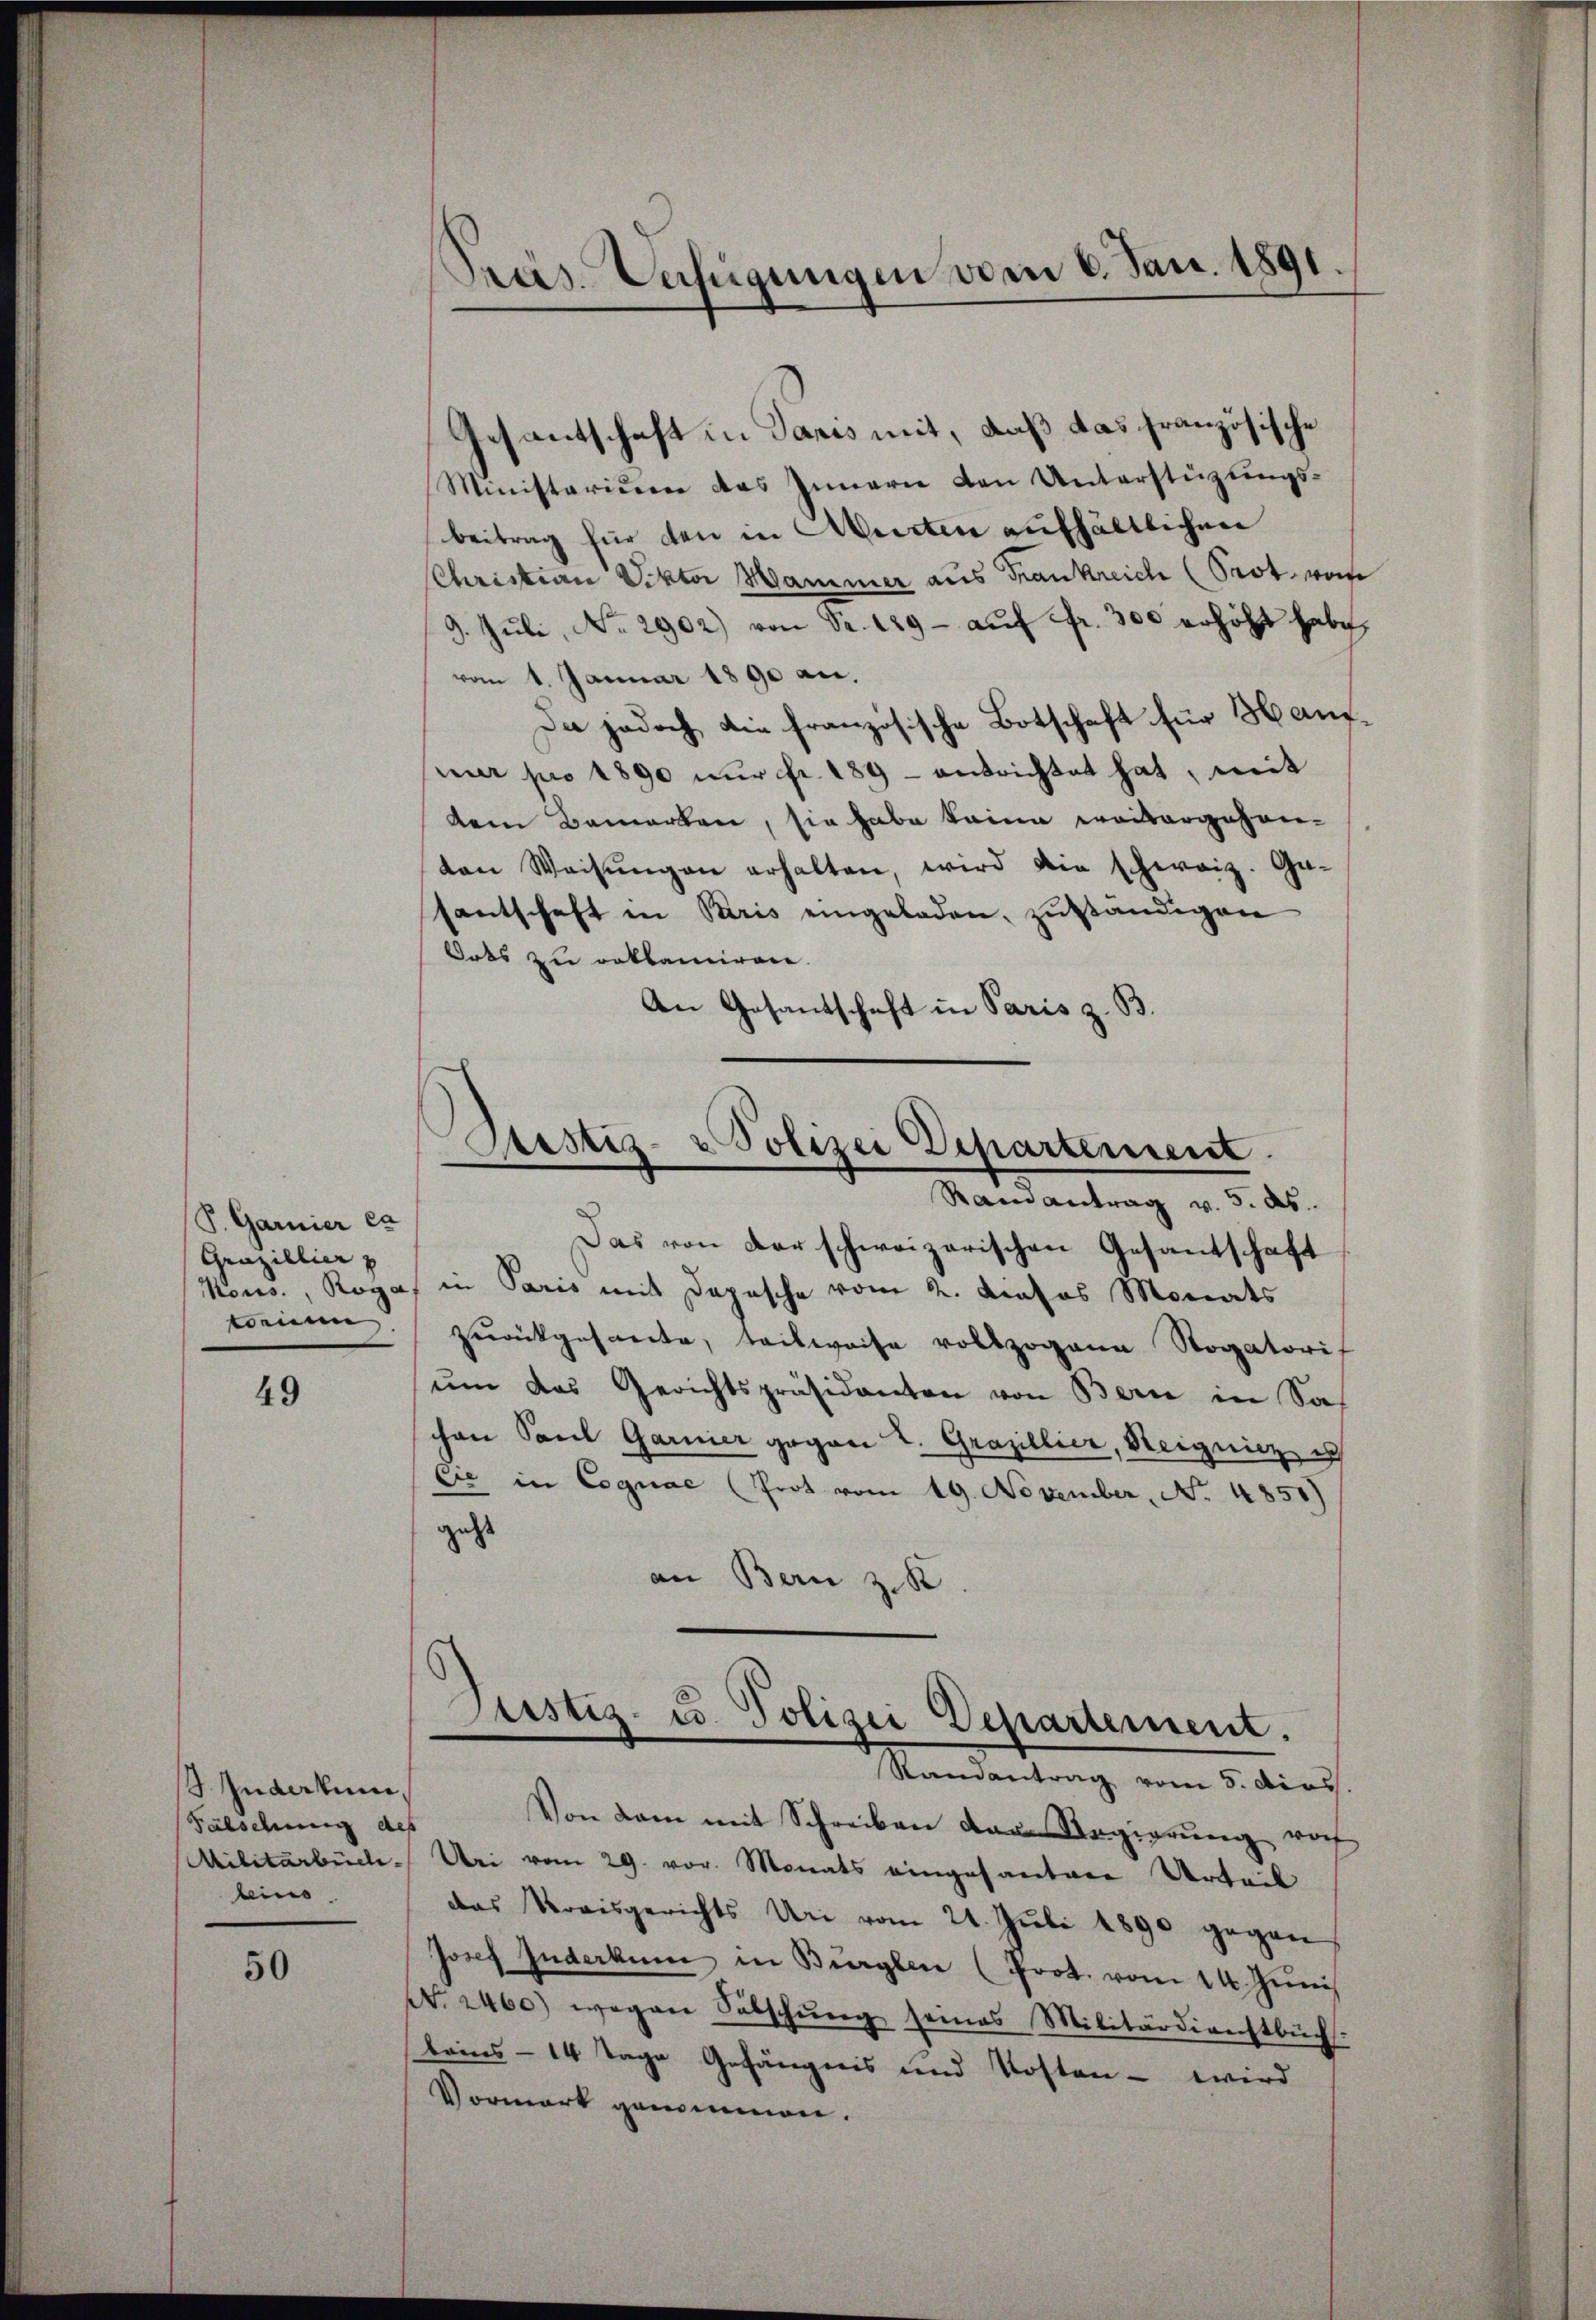
S. Garnier ca
Gruzillier z

49

Zuderkun¬
Fälschung des
leino

50

Das von der schweizerischen Gesandschaft
Kons., Roga in Paris mit Depesche vom 2. Kasos Monats
weine zurückgesante, teilweise vollzogene Rogatorif
ŭm das Gerichtspräsidanten von Bern in Soh
chen Paul Garnier gegen L. Grazillier, Steignicz ich
.
Cie in Cognac (Prot vom 19. November, No. 4851)
geht
an Bern z. K

Pras. Anfügungen vom 6. Jan. 1891.

Gesandtschaft in Paris mit, daß das französische
Ministarium das Innern den Unterstüzungs-
beitrag für den in Arten aufhältlichen
Christian Viktor Hammer aus Frankreich (Prot, won
9. Juli, No. 2902) von Fr. 129 - auf Fr. 300 erhöht habe,
vom 1. Januar 1890 an.
Da jedoch die französische Botschaft für Hausnur pro 1890 nur fr. 189 - entrichtet hat, mit
dem Bemerken, sie habe keine weitergehenten Weisŭngen erhalten, wird die schweiz. Ga-
santschaft in Paris eingeladen, zuständigen
Orts zu reklamiren.
An Gesantschaft in Paris z. B.

Von kam mit Schreiben dem Regierung vor
Militärbuch. Uri vom 29. vor. Monats eingesanten Urteil
das Kreisgerichts Uri vom 21. Juli 1890 gegen
Josef Inderkum in Bürger (Prot. vom 14. Juni
Nr. 2460) wegen Subschŭng seines Militärdirechtbüch
beins - 14 Tage Gefängnis und Kosten - wird
Vormark genommen.

Prustiz- & Polizei Departement
n
Ramantrag v. 5. ds.

Justiz- u. Polizei Departement.
Randantrag vom 5. dens